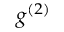
g ^ { ( 2 ) }